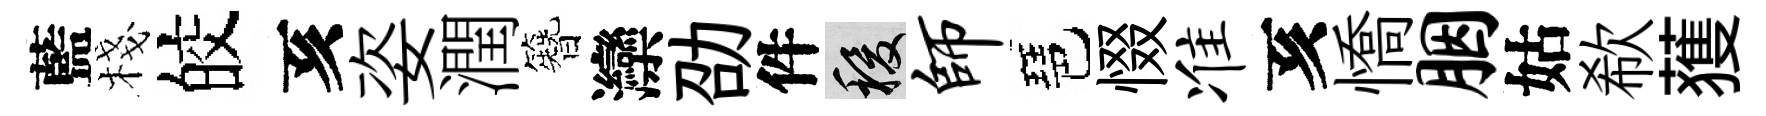
藍棧皎亥姿潤簪灤劭件稷师琶惙准亥憍胭姑欷𫉬